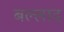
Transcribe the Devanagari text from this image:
बल्लाद